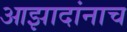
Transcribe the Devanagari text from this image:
आझादांनाच